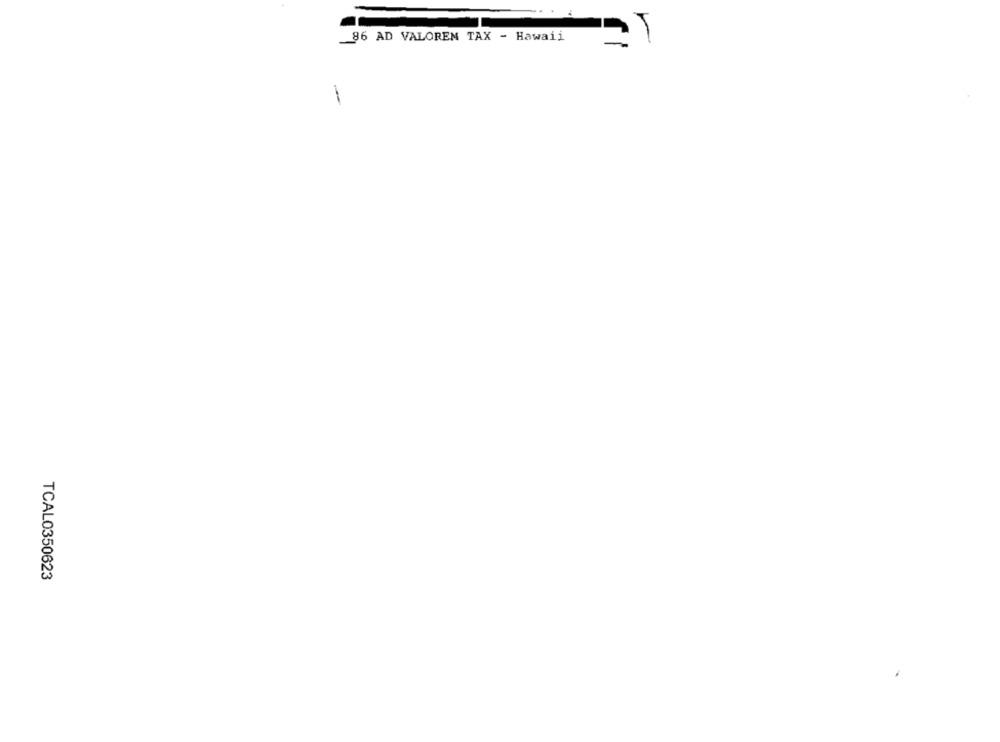
86 AD VALOREM TAX - Hawaii
TCAL0350623